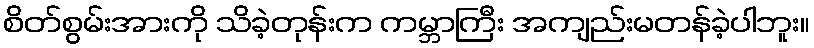
စိတ်စွမ်းအားကို သိခဲ့တုန်းက ကမ္ဘာကြီး အကျည်းမတန်ခဲ့ပါဘူး။